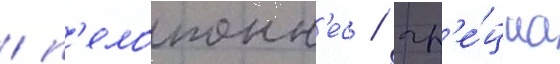
/ п'елопонн'ес / гр'е́циа